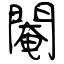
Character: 閹